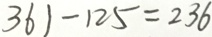
3 6 1 - 1 2 5 = 2 3 6